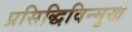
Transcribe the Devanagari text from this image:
प्रसिद्धिविन्मुख